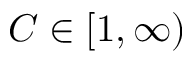
C \in [ 1 , \infty )